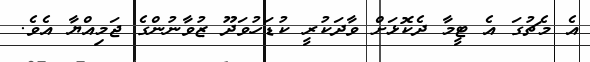
އެ މެޗުގަ އެ ޓީމާ ދެކޮޅަށް ވާދަކުރީ ކުޑަހުވަދޫ ޒުވާނުންގެ ޖަމިއްޔާ އެވެ.